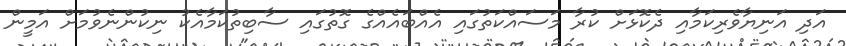
އަދި އަނިޔާވެރިކަމާއި ދެކޮޅަށް ކުރާ މަސައްކަތުގައި އެއްބައެއްގެ ގޮތުގައި ސާބިތުކަމާއެކު ނިކުންނެވުމަށް އަމީން